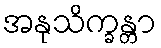
အနုသိက္ခန္တာ